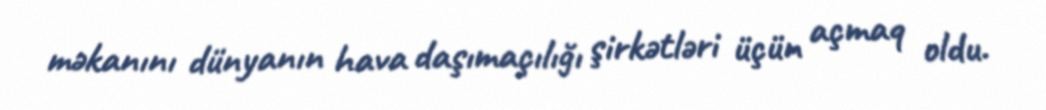
məkanını dünyanın hava daşımaçılığı şirkətləri üçün açmaq oldu.